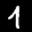
Label: 1